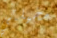
مخيلتي